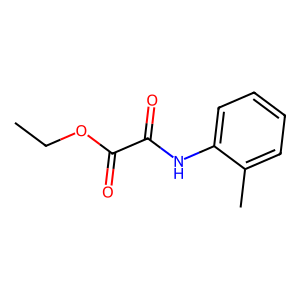
SMILES: CCOC(=O)C(=O)Nc1ccccc1C
Inhibits HIV replication: No